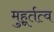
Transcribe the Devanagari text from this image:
मुहूर्तत्व